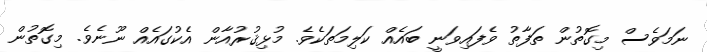
ނަމަވެސް މިގޮތުން ތަފާތު ވެފައިވަނީ ބައެއް ކަލިމަތަކެވެ. މުޅިޤުރުއާން އެކުގައެއް ނޫނެވެ. މިގޮތުން